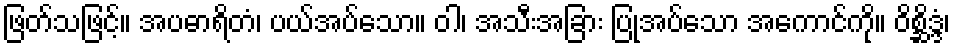
ဖြတ်သဖြင့်။ အပဓာရိတံ၊ ပယ်အပ်သော။ ဝါ၊ အသီးအခြား ပြုအပ်သော အကောင်ကို။ ဝိစ္ဆိဒ္ဒံ၊